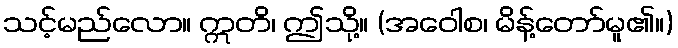
သင့်မည်လော။ ဣတိ၊ ဤသို့။ (အဝေါစ၊ မိန့်တော်မူ၏။)